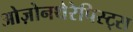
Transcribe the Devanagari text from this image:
ओज़ोनथेरेपिस्ट्स